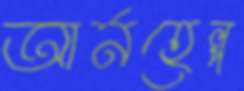
আর্নহেল্প